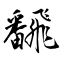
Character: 飜